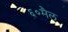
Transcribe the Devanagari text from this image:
६०मैल